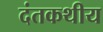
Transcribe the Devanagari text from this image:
दंतकथीय